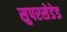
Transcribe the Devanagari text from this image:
सुपरसेडेड